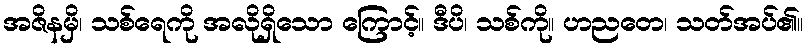
အဇိနမှိ၊ သစ်ရေကို အလိုရှိသော ကြောင့်။ ဒီပိ၊ သစ်ကို။ ဟညတေ၊ သတ်အပ်၏။